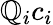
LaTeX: \mathbb{Q}_{i}c_{i}